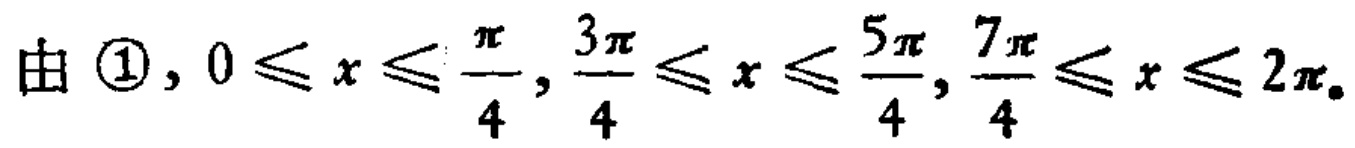
由 \textcircled{1}, \(0 \leq x \leq \frac{\pi}{4}, \frac{3\pi}{4} \leq x \leq \frac{5\pi}{4}, \frac{7\pi}{4} \leq x \leq 2\pi\)。